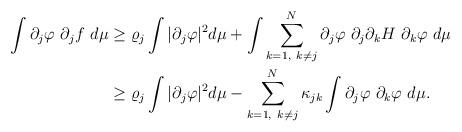
LaTeX: \begin{align*} \int \partial_j \varphi \ \partial_j f \ d \mu & \geq \varrho_j \int | \partial_j \varphi |^2 d\mu + \int \sum_{k=1, \ k \neq j}^N \partial_j \varphi \ \partial_j \partial_k H \ \partial_k \varphi \ d \mu \\ & \geq \varrho_j \int | \partial_j \varphi |^2 d \mu - \sum_{k=1, \ k \neq j}^N \kappa_{jk} \int \partial_j \varphi \ \partial_k \varphi \ d \mu.\end{align*}